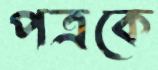
পত্রকে